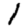
Digit: 1